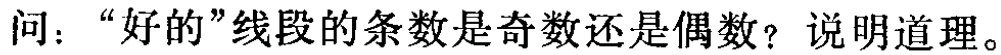
问：“好的”线段的条数是奇数还是偶数？说明道理。